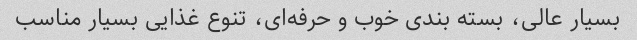
بسیار عالی، بسته بندی خوب و حرفه‌ای، تنوع غذایی بسیار مناسب